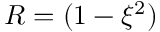
R = ( 1 - \xi ^ { 2 } )